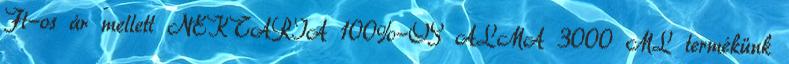
Ft-os ár mellett NEKTÁRIA 100%-OS ALMA 3000 ML termékünk